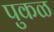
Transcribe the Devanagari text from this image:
पुकळ